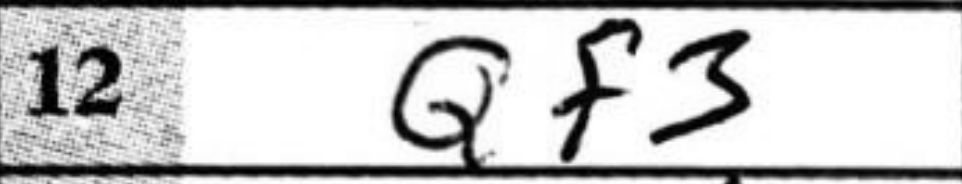
Transcription: Qf3